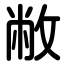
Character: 敝